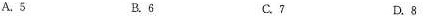
A.5 B.6 C.7 D.8